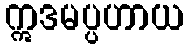
ဣဒမပ္ပဟာယ